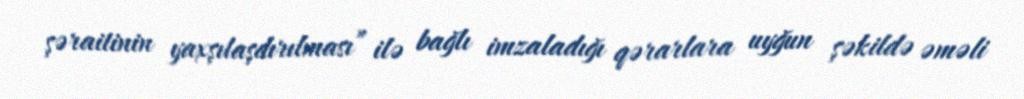
şəraitinin yaxşılaşdırılması” ilə bağlı imzaladığı qərarlara uyğun şəkildə əməli